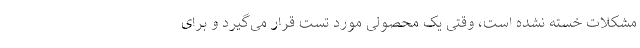
مشکلات خسته نشده است، وقتی یک محصولی مورد تست قرار می‌گیرد و برای